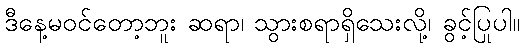
ဒီနေ့မဝင်တော့ဘူး ဆရာ၊ သွားစရာရှိသေးလို့၊ ခွင့်ပြုပါ။